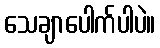
သေချာပေါက်ပါပဲ။